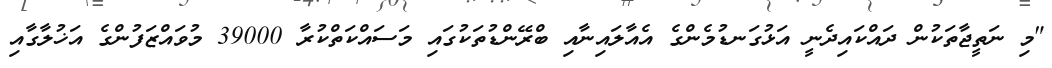
"މި ނަތީޖާތަކުން ދައްކައިދެނީ އަޅުގަނޑުމެންގެ އެއާލައިނާއި ބްރޭންޑުތަކުގައި މަސައްކަތްކުރާ 39000 މުވައްޒަފުންގެ އަޚުލާގާއި